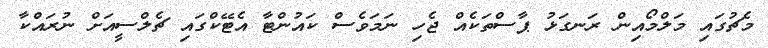
މެޗުގައި މަލްމޯއިން ރަނގަޅު ޕާސްތަކެއް ޖެހި ނަމަވެސް ކައުންޓާ އެޓޭކްގައި ޗެލްސީއަށް ނުރައްކާ